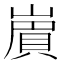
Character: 𧶑